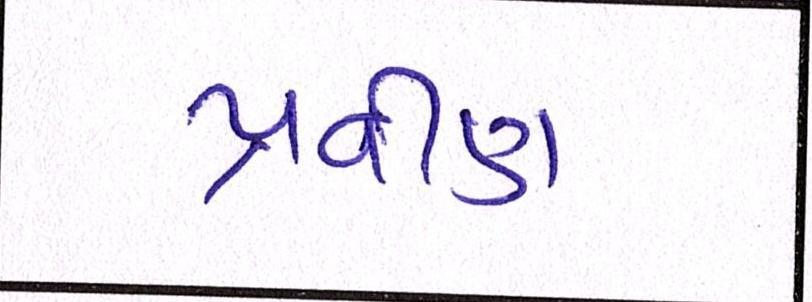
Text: પ્રવીણ